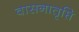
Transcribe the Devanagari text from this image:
वासनातृप्ति